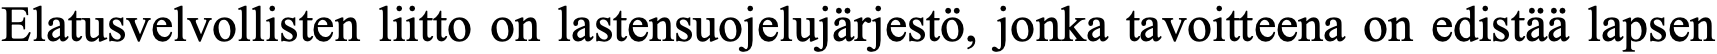
Elatusvelvollisten liitto on lastensuojelujärjestö, jonka tavoitteena on edistää lapsen